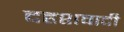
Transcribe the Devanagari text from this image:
दहशवादी